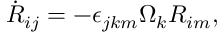
\begin{array} { r } { \dot { R } _ { i j } = - \epsilon _ { j k m } \Omega _ { k } R _ { i m } , } \end{array}